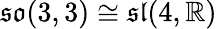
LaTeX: {\mathfrak{so}}(3,3)\cong{\mathfrak{sl}}(4,\mathbb{R})